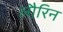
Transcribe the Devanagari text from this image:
लौरिन